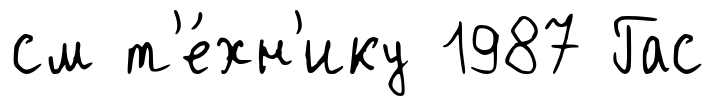
см т'е́хн'ику 1987 Гас